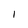
Character: I